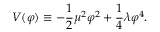
V ( \varphi ) \equiv - { \frac { 1 } { 2 } } \mu ^ { 2 } \varphi ^ { 2 } + { \frac { 1 } { 4 } } \lambda \varphi ^ { 4 } .